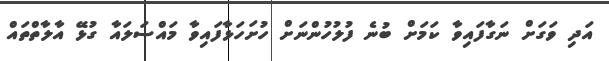
އަދި ވަގަށް ނަގާފައިވާ ކަމަށް ބުނެ ފުލުހުންނަށް ހުށަހަޅާފައިވާ މައްސަލައާ ގުޅޭ އާލާތްތައް